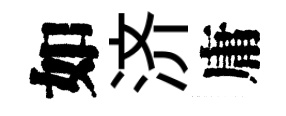
如济庸